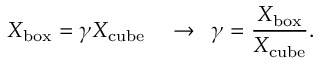
X _ { \mathrm { b o x } } = \gamma X _ { \mathrm { c u b e } } \enspace \enspace \rightarrow \enspace \gamma = \frac { X _ { \mathrm { b o x } } } { X _ { \mathrm { c u b e } } } .